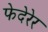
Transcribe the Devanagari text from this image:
फेदेरेर